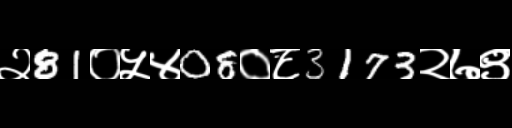
Text: २81०५४08०८3173२७९